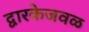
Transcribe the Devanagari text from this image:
द्वारकेजवळ